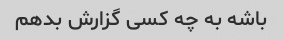
باشه به چه کسی گزارش بدهم